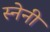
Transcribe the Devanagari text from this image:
स्नेनी